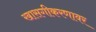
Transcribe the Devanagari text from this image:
खासगीकरणावर